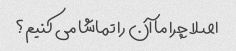
اصلا چرا ما آن را تماشا می کنیم؟